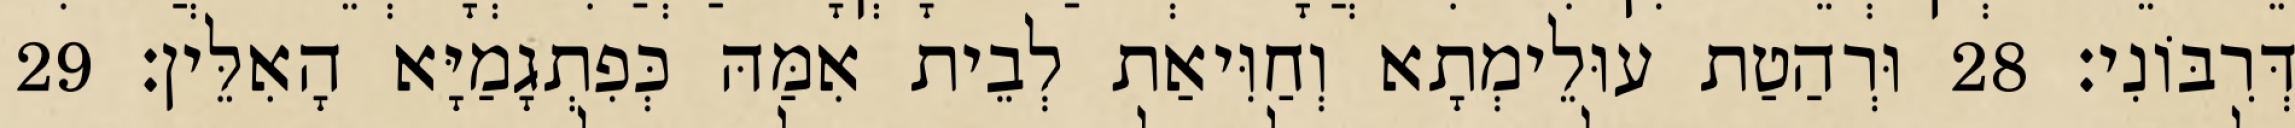
דְּרִבּוֹנִי׃ 28 וּרְהַטַת עוּלֵימְתָא וְחַוִּיאַת לְבֵית אִמַּהּ כְּפִתְגָמַיָּא הָאִלֵּין׃ 29